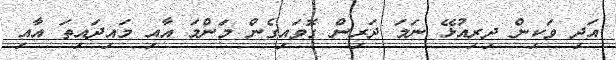
އަދި ވަކިން ދިރިއުޅޭ ނަމަ ދަރިން ގޮވައިގެން މަންމަ އާއި މައިދައިތަ އާއި